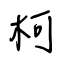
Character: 柯